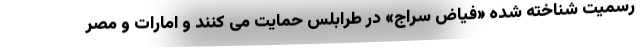
رسمیت شناخته شده «فیاض سراج» در طرابلس حمایت می کنند و امارات و مصر